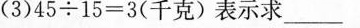
(3)$$4 5 \div 1 5 = 3$$(千克)表示求___